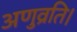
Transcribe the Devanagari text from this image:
अणुव्रति।